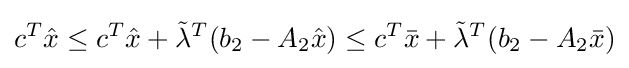
c^{T}{\hat {x}}\leq c^{T}{\hat {x}}+{\tilde {\lambda }}^{T}(b_{2}-A_{2}{\hat {x}})\leq c^{T}{\bar {x}}+{\tilde {\lambda }}^{T}(b_{2}-A_{2}{\bar {x}})